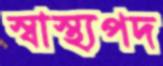
স্বাস্থ্যপদ